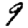
Digit: 9